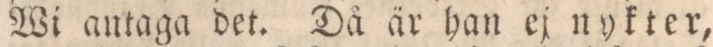
Wi antaga det. Då är han ej nykter,